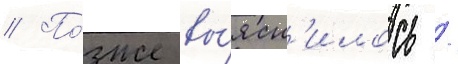
// По́зже вы́ясн'илось /